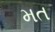
મત